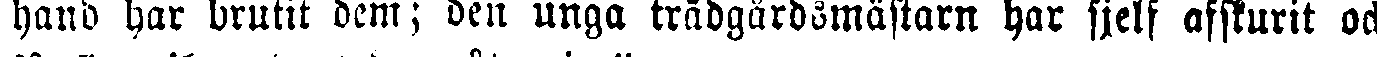
hand har brutit dem; den unga trädgårdsmästarn har sjelf afskurit och